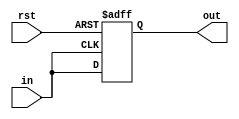

module checkFlash (rst, in, out);
	input in, rst;
	output reg out;

	always@(posedge in, negedge rst)	begin
		if(~rst)	begin
			out = 0;
		end
		else	begin
			out = in;
		end
	end
endmodule